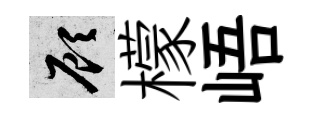
顧檬峿